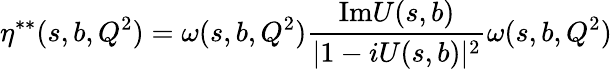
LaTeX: \eta^{**}(s,b,Q^{2})=\omega(s,b,Q^{2})\frac{\mathrm{Im}U(s,b)}{|1-iU(s,b)|^{2}}\omega(s,b,Q^{2})